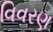
વિવરણ